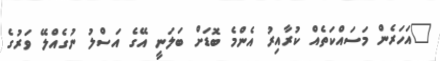
"އަހަރެން މަސައްކަތެއް ކުރާއިރު އެންމެ ބޮޑަށް ބަލަނީ އޭގެ އަސްލު ނުގެއްލޭ ވަރުގެ